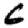
Digit: 6